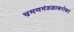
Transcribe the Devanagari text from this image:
भ्रमणमंडळाबरोबर